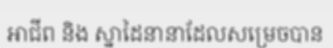
អាជីព និង ស្នាដៃនានាដែលសម្រេចបាន